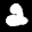
Label: 2